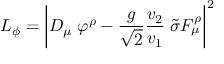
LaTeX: { \cal L } _ { \phi } = \left| D _ { \mu } \; \varphi ^ { \rho } - \frac { g } { \sqrt { 2 } } \frac { v _ { 2 } } { v _ { 1 } } \; \tilde { \sigma } F _ { \mu } ^ { \rho } \right| ^ { 2 }